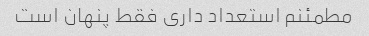
مطمئنم استعداد داری فقط پنهان است